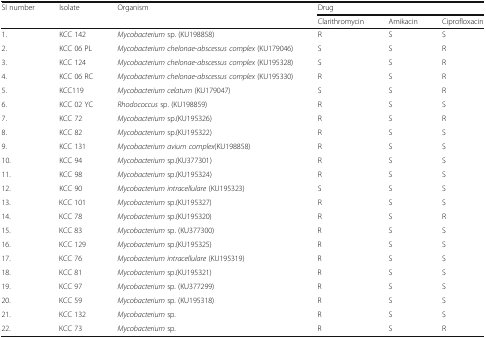
<table><thead><tr><td rowspan="2"><b>SI number</b></td><td rowspan="2"><b>Isolate</b></td><td rowspan="2"><b>Organism</b></td><td colspan="3"><b>Drug</b></td></tr><tr><td><b>Clarithromycin</b></td><td><b>Amikacin</b></td><td><b>Ciprofloxacin</b></td></tr></thead><tbody><tr><td>1.</td><td>KCC 142</td><td><i>Mycobacterium</i> sp. (KU198858)</td><td>R</td><td>S</td><td>S</td></tr><tr><td>2.</td><td>KCC 06 PL</td><td><i>Mycobacterium chelonae</i>-<i>abscessus complex</i> (KU179046)</td><td>S</td><td>S</td><td>R</td></tr><tr><td>3.</td><td>KCC 124</td><td><i>Mycobacterium chelonae</i>-<i>abscessus complex</i> (KU195328)</td><td>S</td><td>S</td><td>R</td></tr><tr><td>4.</td><td>KCC 06 RC</td><td><i>Mycobacterium chelonae</i>-<i>abscessus complex</i> (KU195330)</td><td>R</td><td>S</td><td>R</td></tr><tr><td>5.</td><td>KCC119</td><td><i>Mycobacterium celatum</i> (KU179047)</td><td>S</td><td>S</td><td>R</td></tr><tr><td>6.</td><td>KCC 02 YC</td><td><i>Rhodococcus</i> sp. (KU198859)</td><td>R</td><td>S</td><td>S</td></tr><tr><td>7.</td><td>KCC 72</td><td><i>Mycobacterium</i> sp.(KU195326)</td><td>R</td><td>S</td><td>R</td></tr><tr><td>8.</td><td>KCC 82</td><td><i>Mycobacterium</i> sp.(KU195322)</td><td>R</td><td>S</td><td>S</td></tr><tr><td>9.</td><td>KCC 131</td><td><i>Mycobacterium avium complex</i>(KU198858)</td><td>R</td><td>S</td><td>S</td></tr><tr><td>10.</td><td>KCC 94</td><td><i>Mycobacterium</i> sp.(KU377301)</td><td>R</td><td>S</td><td>S</td></tr><tr><td>11.</td><td>KCC 98</td><td><i>Mycobacterium</i> sp.(KU195324)</td><td>R</td><td>S</td><td>S</td></tr><tr><td>12.</td><td>KCC 90</td><td><i>Mycobacterium intracellulare</i> (KU195323)</td><td>S</td><td>S</td><td>S</td></tr><tr><td>13.</td><td>KCC 101</td><td><i>Mycobacterium</i> sp.(KU195327)</td><td>R</td><td>S</td><td>S</td></tr><tr><td>14.</td><td>KCC 78</td><td><i>Mycobacterium</i> sp.(KU195320)</td><td>R</td><td>S</td><td>R</td></tr><tr><td>15.</td><td>KCC 83</td><td><i>Mycobacterium</i> sp. (KU377300)</td><td>R</td><td>S</td><td>S</td></tr><tr><td>16.</td><td>KCC 129</td><td><i>Mycobacterium</i> sp.(KU195325)</td><td>R</td><td>S</td><td>S</td></tr><tr><td>17.</td><td>KCC 76</td><td><i>Mycobacterium intracellulare</i> (KU195319)</td><td>R</td><td>S</td><td>S</td></tr><tr><td>18.</td><td>KCC 81</td><td><i>Mycobacterium</i> sp.(KU195321)</td><td>R</td><td>S</td><td>S</td></tr><tr><td>19.</td><td>KCC 97</td><td><i>Mycobacterium</i> sp. (KU377299)</td><td>R</td><td>S</td><td>S</td></tr><tr><td>20.</td><td>KCC 59</td><td><i>Mycobacterium</i> sp. (KU195318)</td><td>R</td><td>S</td><td>S</td></tr><tr><td>21.</td><td>KCC 132</td><td><i>Mycobacterium</i> sp.</td><td>R</td><td>S</td><td>S</td></tr><tr><td>22.</td><td>KCC 73</td><td><i>Mycobacterium</i> sp.</td><td>R</td><td>S</td><td>R</td></tr></tbody></table>